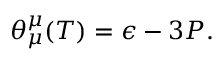
\theta _ { \mu } ^ { \mu } ( T ) = \epsilon - 3 P .